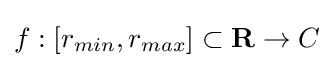
f:[r_{min},r_{max}]\subset \mathbf {R} \to C